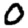
Digit: 0